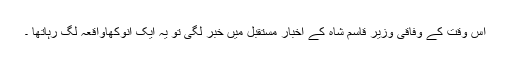
اس وقت کے وفاقی وزیر قاسم شاہ کے اخبار مستقبل میں خبر لگی تو یہ ایک انوکھاواقعہ لگ رہاتھا ۔